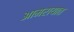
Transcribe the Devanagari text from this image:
आमरायात